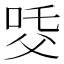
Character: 𤕔